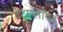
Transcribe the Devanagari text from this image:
टेट्राप्लॉयड